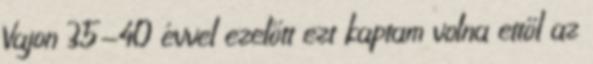
Vajon 35-40 évvel ezelőtt ezt kaptam volna ettől az